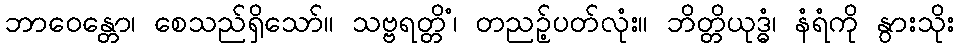
ဘာဝေန္တော၊ စေသည်ရှိသော်။ သဗ္ဗရတ္တိံ၊ တညဉ့်ပတ်လုံး။ ဘိတ္တိယုဒ္ဓံ၊ နံရံကို နွားသိုး